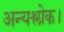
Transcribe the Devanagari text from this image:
अन्यश्लोक।